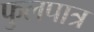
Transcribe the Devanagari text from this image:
फुलपात्र